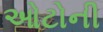
ઓટોની